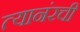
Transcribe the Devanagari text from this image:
त्यानंरची